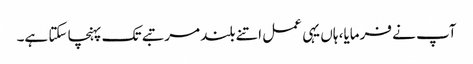
آپ نے فرمایا، ہاں یہی عمل اتنے بلند مرتبے تک پہنچا سکتا ہے۔